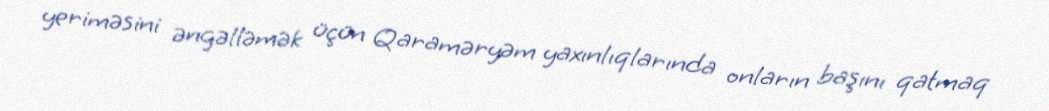
yeriməsini əngəlləmək üçün Qaraməryəm yaxınlıqlarında onların başını qatmaq